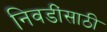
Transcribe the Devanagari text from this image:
निवडींसाठी